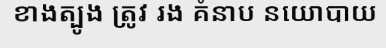
ខាងត្បូង ត្រូវ រង គំនាប នយោបាយ